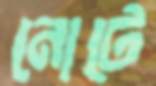
নোটে